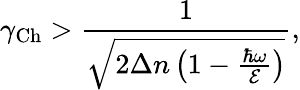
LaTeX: \gamma_{\mathrm{Ch}}>\frac{1}{\sqrt{2\Delta n\left(1-\frac{\hbar\omega}{\mathcal{E}}\right)}},